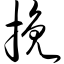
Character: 挽